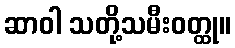
ဆာဝါ သတို့သမီးဝတ္ထု။